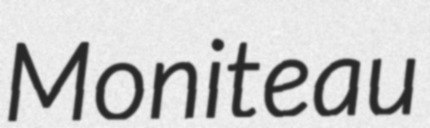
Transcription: Moniteau